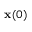
{ \bf x } ( 0 )